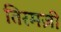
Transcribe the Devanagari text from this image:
तिरमज़ी